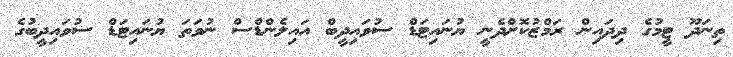
ތިނަދޫ ޓީމުގެ ދިދައިން ރަމްޒުކޮށްދެނީ ޔުނައިޓަޑް ސުވައިދީބް އައިލެންޑްސް ނުވަތަ ޔުނައިޓަޑް ސުވައިދީބުގެ